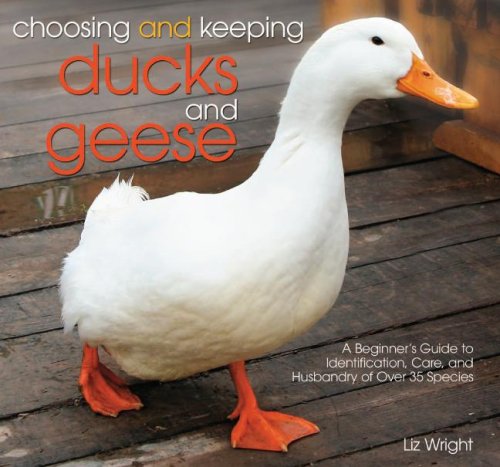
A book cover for Choosing and Keeping Ducks and Geese: A Beginner's Guide to Identification, Care, and Husbandry of over 35 Species; Liz Wright; Crafts, Hobbies & Home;